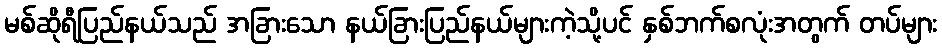
မစ်ဆိုရီပြည်နယ်သည် အခြားသော နယ်ခြားပြည်နယ်များကဲ့သို့ပင် နှစ်ဘက်စလုံးအတွက် တပ်များ